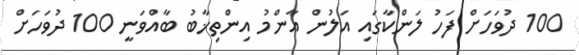
100 ދުވަހަށް ފަހު ލަންކާގައި އަލުން އާންމު އިންތިޚާބު ބާއްވަނީ 100 ދުވަހަށް